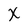
Character: X